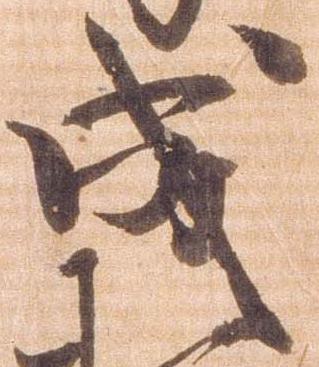
成